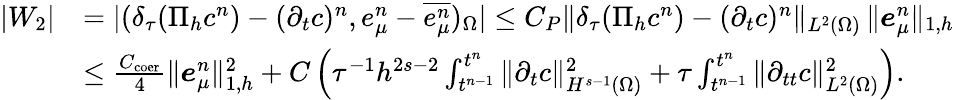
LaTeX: \begin{array}{rl}{|W_{2}|}&{=|(\delta_{\tau}(\Pi_{h}c^{n})-(\partial_{t}c)^{n},e_{\mu}^{n}-\overline{{e_{\mu}^{n}}})_{\Omega}|\leq C_{P}\| \delta_{\tau}(\Pi_{h}c^{n})-(\partial_{t}c)^{n}\| _{L^{2}(\Omega)}\, \| \boldsymbol{e}_{\mu}^{n}\| _{1,h}}\\ &{\leq\frac{C_{\mathrm{coer}}}{4}\| \boldsymbol{e}_{\mu}^{n}\| _{1,h}^{2}+C\left(\tau^{-1}h^{2s-2}\int_{t^{n-1}}^{t^{n}}\| \partial_{t}c\| _{H^{s-1}(\Omega)}^{2}+\tau\int_{t^{n-1}}^{t^{n}}\| \partial_{tt}c\| _{L^{2}(\Omega)}^{2}\right).}\end{array}